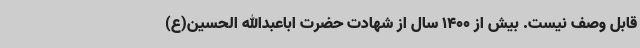
قابل وصف نیست. بیش از 1400 سال از شهادت حضرت اباعبدالله الحسین(ع)